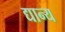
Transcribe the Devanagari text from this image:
द्यान्य